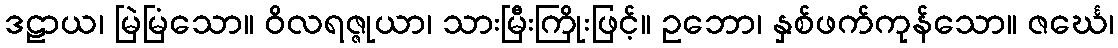
ဒဠာယ၊ မြဲမြံသော။ ဝိလရဇ္ဇုယာ၊ သားမြီးကြိုးဖြင့်။ ဥဘော၊ နှစ်ဖက်ကုန်သော။ ဇင်္ဃေ၊